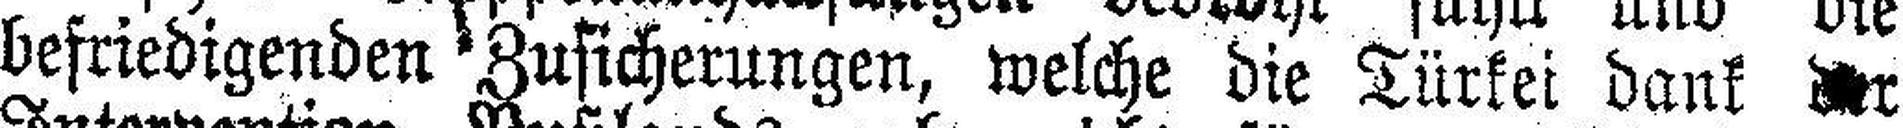
befriedigenden Zusicherungen, welche die Türkei dank der